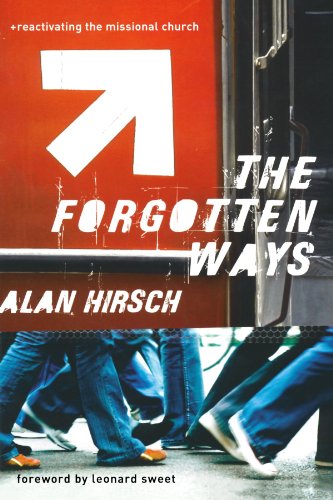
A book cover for The Forgotten Ways: Reactivating the Missional Church; Alan Hirsch; Christian Books & Bibles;